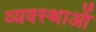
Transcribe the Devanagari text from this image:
व्यवस्थाआें